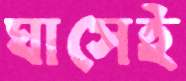
ঘাসেই